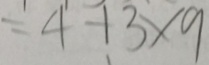
= 4 + 3 \times 9